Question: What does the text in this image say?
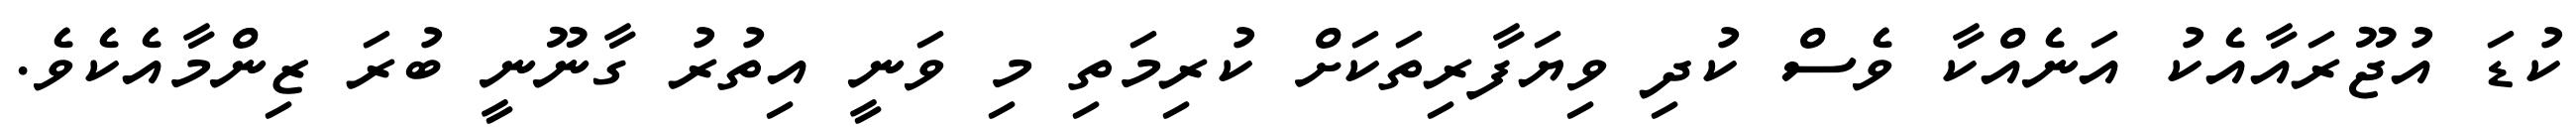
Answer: ކުޑަ އުޖޫރައާއެކު އަނެއްކާ ވެސް ކުދި ވިޔަފާރިތަކަށް ކުރިމަތި މި ވަނީ އިތުރު ގާނޫނީ ބުރަ ޒިންމާއެކެވެ.